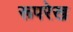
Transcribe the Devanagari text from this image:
रूपरेख